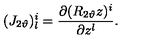
( J _ { 2 \vartheta } ) _ { l } ^ { i } = \frac { \partial ( R _ { 2 \vartheta } z ) ^ { i } } { \partial z ^ { l } } .